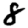
Digit: 8